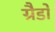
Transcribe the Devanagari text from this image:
ग्रैडो